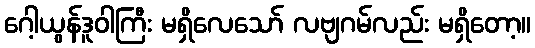
ဂေါ့ယွန်ဒူဝါကြီး မရှိလေသော် လဗျဂမ်လည်း မရှိတော့။